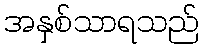
အနှစ်သာရသည်